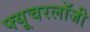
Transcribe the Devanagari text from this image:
फ्यूचरलॉजी